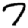
Digit: 7